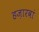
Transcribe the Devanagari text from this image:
हज़ारवां